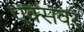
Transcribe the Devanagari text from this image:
एक्सवर